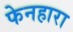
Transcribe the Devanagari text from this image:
फेनहारा